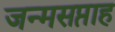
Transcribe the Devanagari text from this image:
जन्मसप्ताह